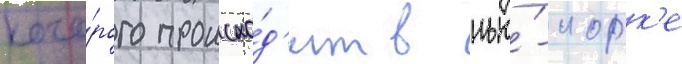
кото́рого происхо́д'ит в нью́-иорк'е